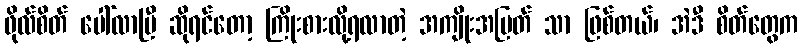
ဖိုလ်စိတ် ပေါ်လာပြီ ဆိုရင်တော့ ကြိုးစားလို့ရလာတဲ့ အကျိုးအမြတ် သာ ဖြစ်တယ်၊ အဲဒီ စိတ်တွေက